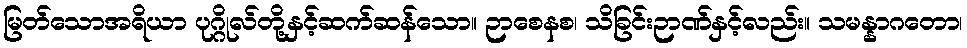
မြတ်သောအရိယာ ပုဂ္ဂိုလ်တို့နှင့်ဆက်ဆန်သော။ ဉာစေနစ၊ သိခြင်းဉာဏ်နှင့်လည်း။ သမန္နာဂတော၊